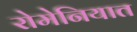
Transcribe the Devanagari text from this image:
रोमेनियात